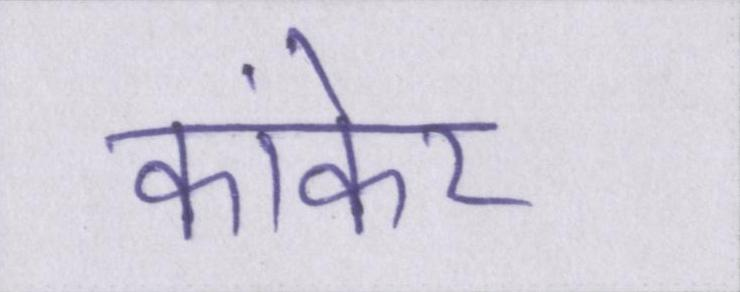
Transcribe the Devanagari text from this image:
कांकेर